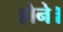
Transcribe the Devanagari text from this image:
होने।